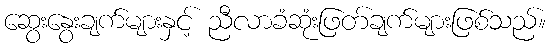
ဆွေးနွေးချက်များနှင့် ညီလာခံဆုံးဖြတ်ချက်များဖြစ်သည်။